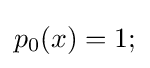
p_{0}(x)=1;